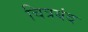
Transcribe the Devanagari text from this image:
चित्रबंद